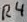
Text: R4